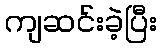
ကျဆင်းခဲ့ပြီး